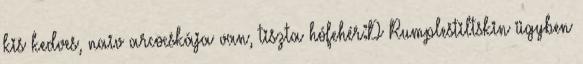
kis kedves, naiv arcocskája van, tiszta hófehér:D Rumplestiltskin ügyben